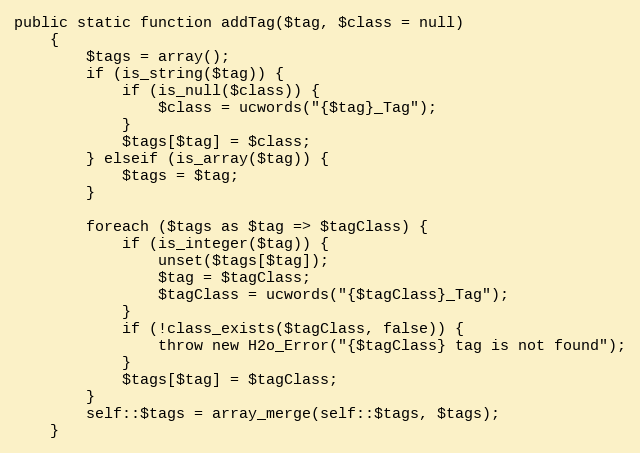
Language: PHP
public static function addTag($tag, $class = null)
    {
        $tags = array();
        if (is_string($tag)) {
            if (is_null($class)) {
                $class = ucwords("{$tag}_Tag");
            }
            $tags[$tag] = $class;
        } elseif (is_array($tag)) {
            $tags = $tag;
        }

        foreach ($tags as $tag => $tagClass) {
            if (is_integer($tag)) {
                unset($tags[$tag]);
                $tag = $tagClass;
                $tagClass = ucwords("{$tagClass}_Tag");
            }
            if (!class_exists($tagClass, false)) {
                throw new H2o_Error("{$tagClass} tag is not found");
            }
            $tags[$tag] = $tagClass;
        }
        self::$tags = array_merge(self::$tags, $tags);
    }